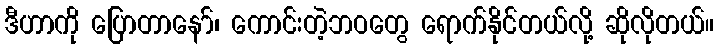
ဒီဟာကို ပြောတာနော်၊ ကောင်းတဲ့ဘဝတွေ ရောက်နိုင်တယ်လို့ ဆိုလိုတယ်။